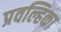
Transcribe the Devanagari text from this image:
प्रवल्हिका